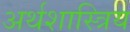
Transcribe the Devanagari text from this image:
अर्थशास्त्रिय